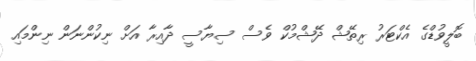
ބޮލީވުޑްގެ އެކްޓަރު ރިތޭޝް ދޭޝްމުކް ވެސް ސިޔާސީ ދާއިރާ އަށް ނިކުންނަން ނިންމައި